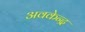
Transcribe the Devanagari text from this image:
अवकेन्द्र